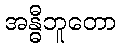
အန္ဓီဘူတော